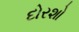
દોરશો